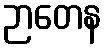
ဉာတေန